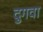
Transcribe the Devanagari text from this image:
दुगवा